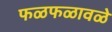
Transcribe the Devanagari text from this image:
फळफळावळे